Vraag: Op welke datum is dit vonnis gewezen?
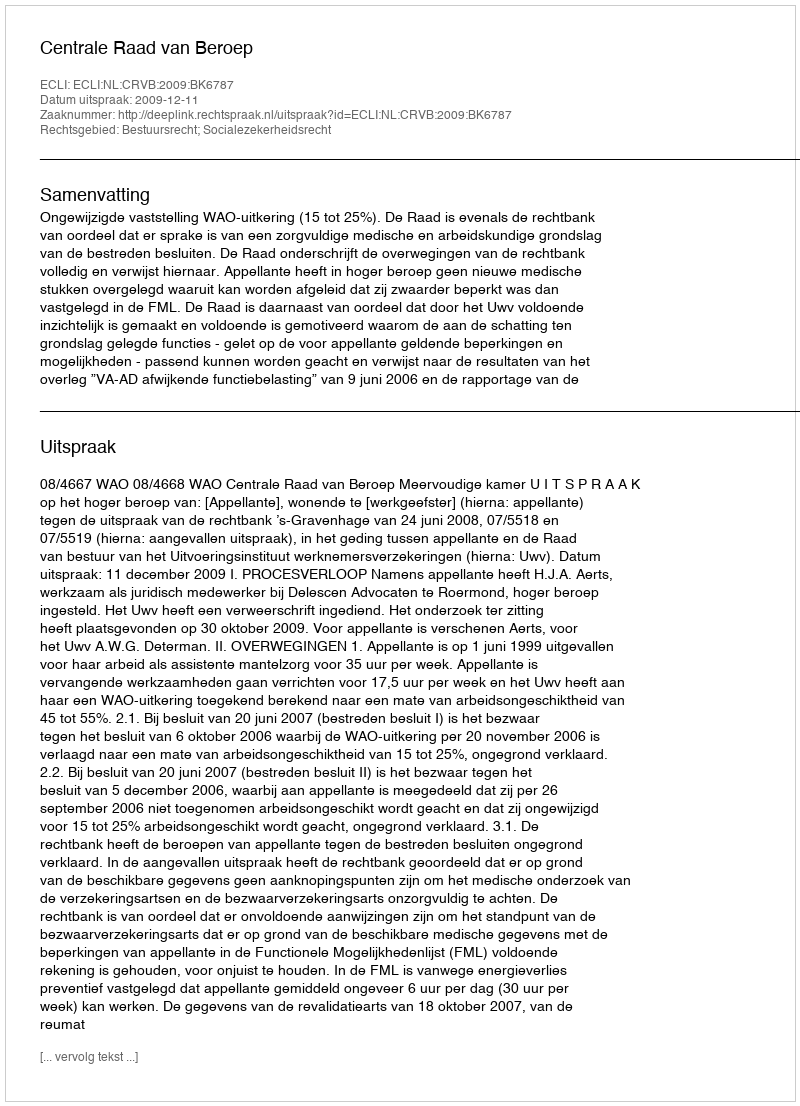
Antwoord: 2009-12-11